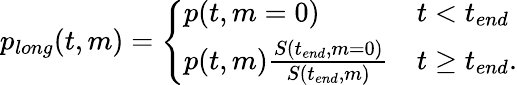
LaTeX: \begin{array}{r}{p_{long}(t,m)=\left\{ \begin{array}{ll}{p(t,m=0)}&{t<t_{end}}\\ {p(t,m)\frac{S(t_{end},m=0)}{S(t_{end},m)}}&{t\geq t_{end}.}\end{array}\right.}\end{array}